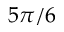
5 \pi / 6